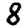
Digit: 8